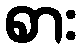
စား